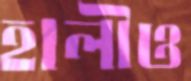
হালীও